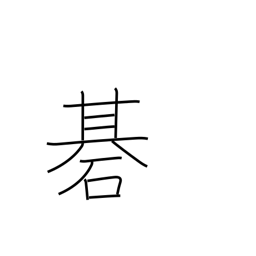
Meaning: Go